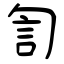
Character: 訇